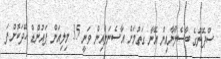
ސްޕޭނުގެ ބާސެލޯނާއިން އޭނާ ގަތުމަށް އާސެނަލްއިން ވަނީ 35 މިލިއަން ޕައުންޑް ހޭދަކޮށްފަ